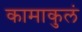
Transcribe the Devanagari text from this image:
कामाकुलं